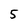
Character: 5